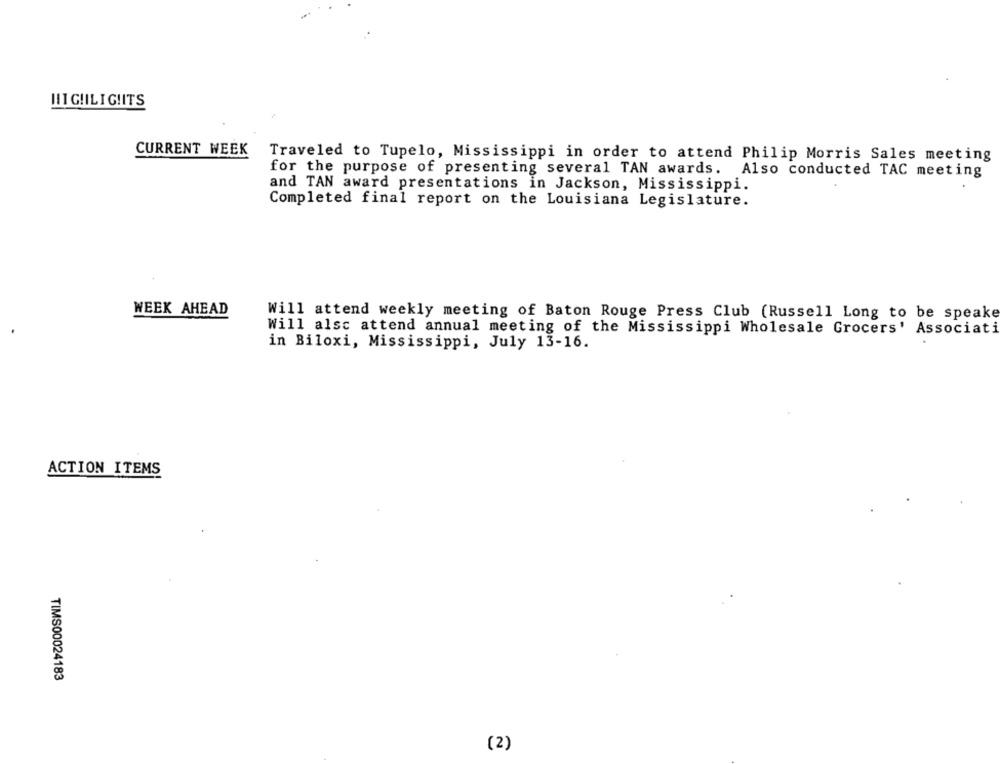
HI GIILIG!ITS
CURRENT WEEK
Traveled to Tupelo, Mississippi in order to attend Philip Morris Sales meeting
for the purpose of presenting several TAN awards. Also conducted TAC meeting
and TAN award presentations in Jackson, Mississippi.
Completed final report on the Louisiana Legislature.
WEEK AHEAD
Will attend weekly meeting of Baton Rouge Press Club (Russell Long to be speake
Will alsc attend annual meeting of the Mississippi Wholesale Grocers' Associati
in Biloxi, Mississippi, July 13-16.
ACTION ITEMS
TIMS00024183
(2)